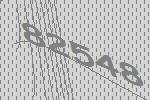
82548